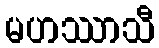
မဟဿာသီ